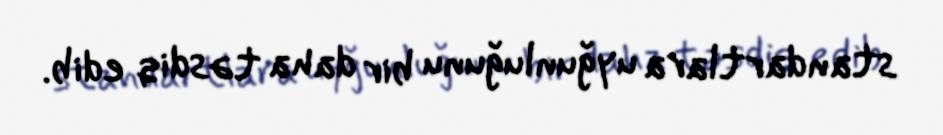
standartlara uyğunluğunu bir daha təsdiq edib.